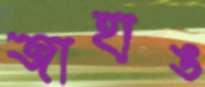
জাহাঙ